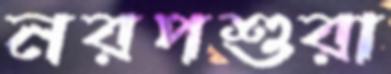
নরপশুরা